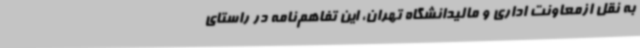
به نقل ازمعاونت اداری و مالیدانشگاه تهران، این تفاهم‌نامه در راستای